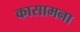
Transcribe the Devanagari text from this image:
कासामना